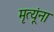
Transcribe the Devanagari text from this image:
मृत्यूंना